Vaccination returns of the Province of Eastern Bengal and Assam - 1905-1912
Year: 1905
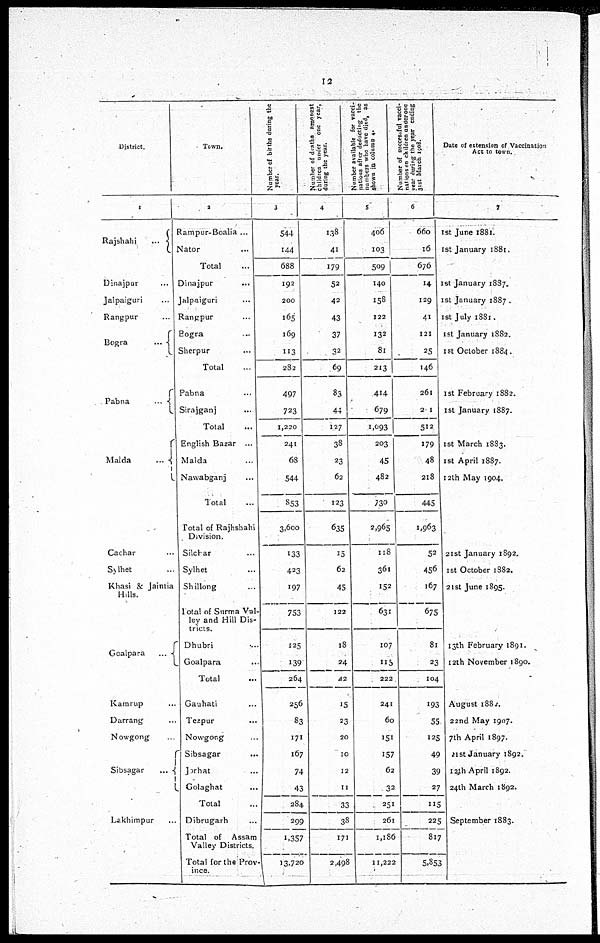
12
District.
1
Rajshahi
...
Dinajpur ...
Jalpaiguri ...
Rangpur ...
Bogra
...
Pabna
...
Malda
...
Cachar ...
Sylhet ...
Khasi & Jainlia
Hills.
Goalpara
...
Kamrup ...
Darrang ...
Nowgong ...
Sibsagar
...
Lakhimpur ...
Town.
2
Rampur-Boalia ...
Nator ...
Total ...
Dinajpur ...
Jalpaiguri ...
Rangpur ...
Bogra ...
Sherpur ...
Total ...
Pabna ...
Sirajganj ...
Total ...
English Bazar ...
Malda ...
Nawabganj ...
Total ...
Total of Rajhshahi
Division.
Silchar ...
Sylhet ...
Shillong ...
Total of Surma Val-
ley and Hill Dis-
tricts.
Dhubri
...
Goalpara ...
Total ...
Gauhati ...
Tezpur ...
Nowgong ...
Sibsagar
...
Jorhat ...
Golaghat ...
Total ...
Dibrugarh ...
Total of Assam
Valley Districts.
Total for the Prov-
ince.
Number of births during the
year.
3
544
144
688
192
200
165
169
113
282
497
723
1,220
241
68
544
853
3,600
133
423
197
753
125
139
264
256
83
171
167
74
43
284
299
1,357
13,720
Number of deaths amongst
children under one year,
during the year.
4
138
41
179
52
42
43
37
32
69
83
44
127
38
23
62
123
635
15
62
45
122
18
24
42
15
23
20
10
12
11
33
38
171
2,498
Number available for vacci-
nations after deducting the
numbers who have died, as
shown in column 4.
5
406
103
509
140
150
122
132
81
213
414
679
1,093
203
45
482
730
2,965
118
361
152
631
107
115
222
241
60
151
157
62
32
251
261
1,186
11,222
Number of successful vacci-
nations on children under one
year during the year ending
31st March 1908.
6
660
16
676
14
129
41
121
25
146
261
201
512
179
48
218
445
1,963
52
456
167
675
81
23
104
193
55
125
49
39
27
115
225
817
5,853
Date of extension of Vaccination
Act to town.
7
1st June 1881.
1st January 1881.
1st January 1887.
1st January 1887.
1st July 1881.
1st January 1882.
1st October 1884.
1st February 1882.
1st January 1887.
1st March 1883.
1st April 1887.
12th May 1904.
21st January 1892.
1st October 1882.
21st June 1895.
13th February 1891.
12th November 1890.
August 1882
22nd May 1907.
7th April 1897.
21st January 1892.
12th April 1892.
24th March 1892.
September 1883.